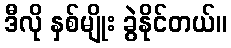
ဒီလို နှစ်မျိုး ခွဲနိုင်တယ်။